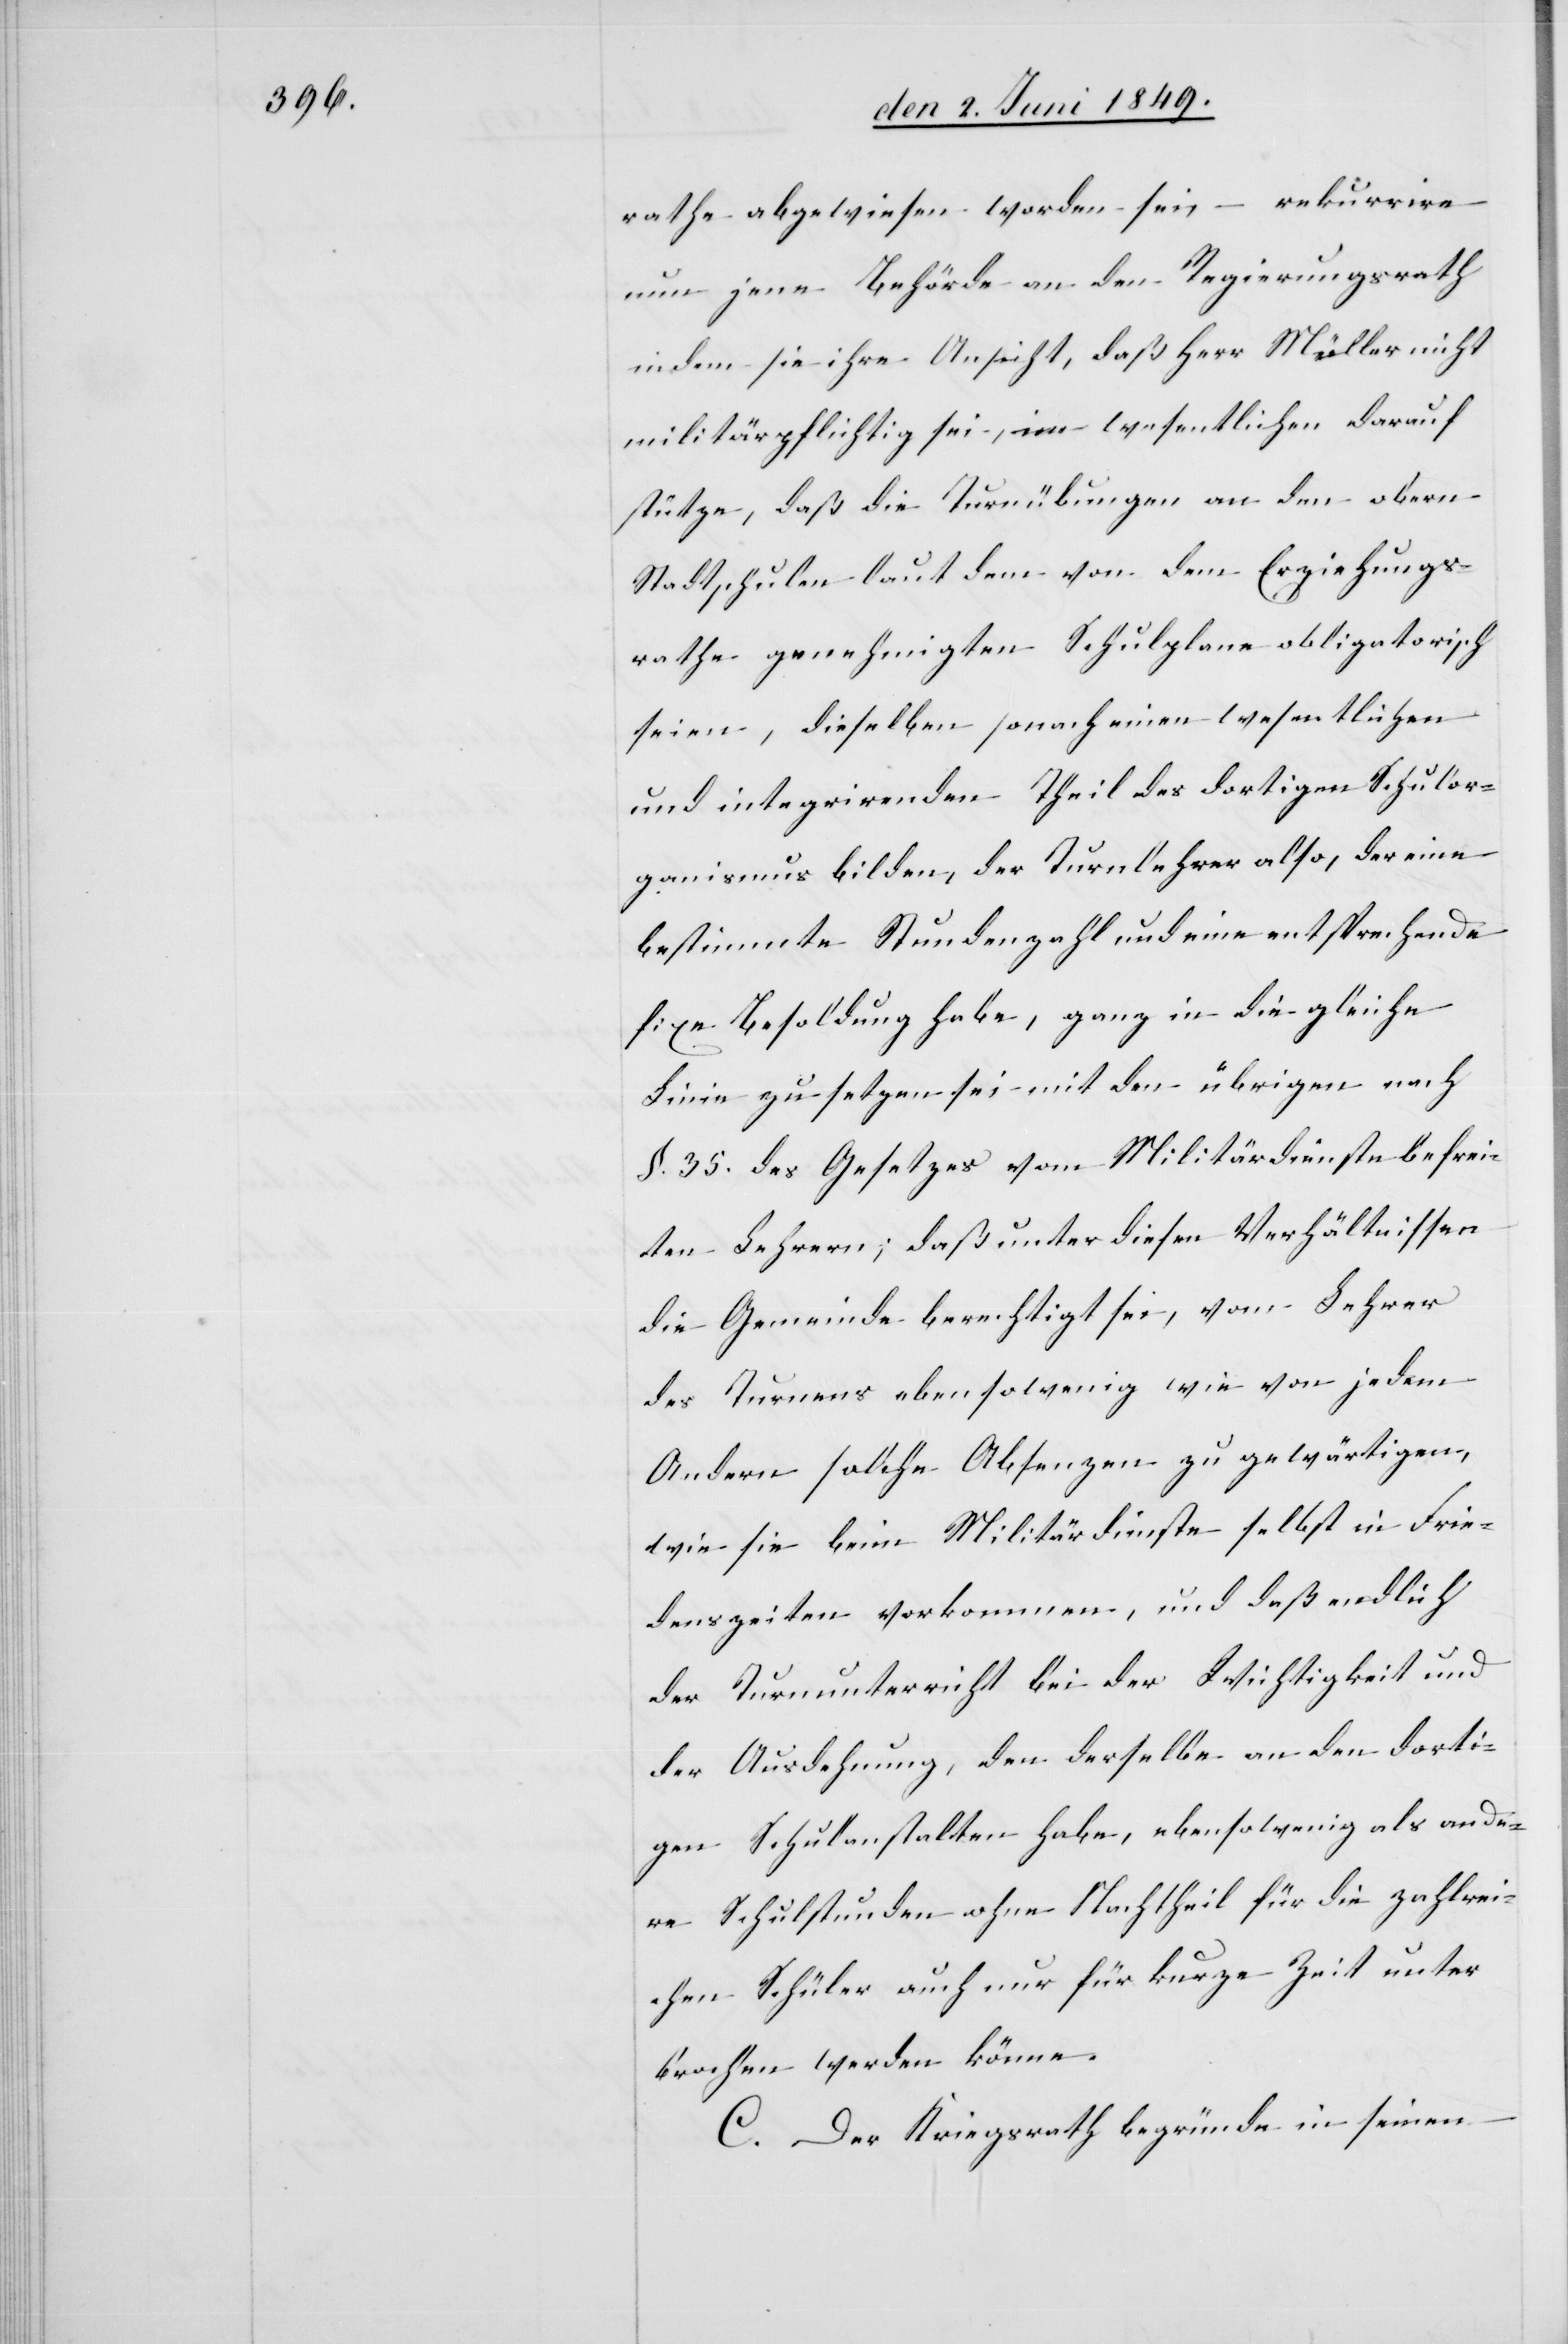
rathe abgewiesen worden sein, – rekurrire
nun jene Behörde an den Regierungsrath
indem sie ihre Ansicht, daß Herr Müller nicht
militärpflichtig sei, im wesentlichen darauf
stütze, daß die Turnübungen an den obern
Stadtschulen laut dem von dem Erziehungs¬
rathe genehmigten Schulplane obligatorisch
seien, dieselben sonach einen wesentlichen
und intergrirenden Theil des dortigen Schulor¬
ganismus bilden, der Turnlehrer also, der eine
bestimmte Stundenzahl und eine entsprechende
fixe Besoldung habe, ganz in die gleiche
Linie zu setzen sei mit den übrigen nach
§. 35. des Gesetzes vom Militärdienste befrei¬
ten Lehrern; daß unter diesen Verhältnissen
die Gemeinde berechtigt sei, vom Lehrer
des Turnens ebensowenig wie von jedem
Andern solche Absenzen zu gewärtigen,
wie sie beim Militärdienste selbst in Frie¬
denszeiten vorkommen, und daß endlich
der Turnunterricht bei der Wichtigkeit und
der Ausdehnung, den derselbe an den dorti¬
gen Schulanstalten habe, ebensowenig als ande¬
re Schulstunden ohne Nachtheil für die zahlrei¬
chen Schüler auch nur für kurze Zeit unter¬
brochen werden könne.
C. Der Kriegsrath begründe in seinem